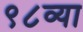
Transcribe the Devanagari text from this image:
९८व्या